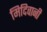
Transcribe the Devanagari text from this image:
मिदिवानी